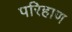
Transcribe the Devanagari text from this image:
परिहाण